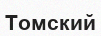
Томский